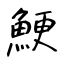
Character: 鯁